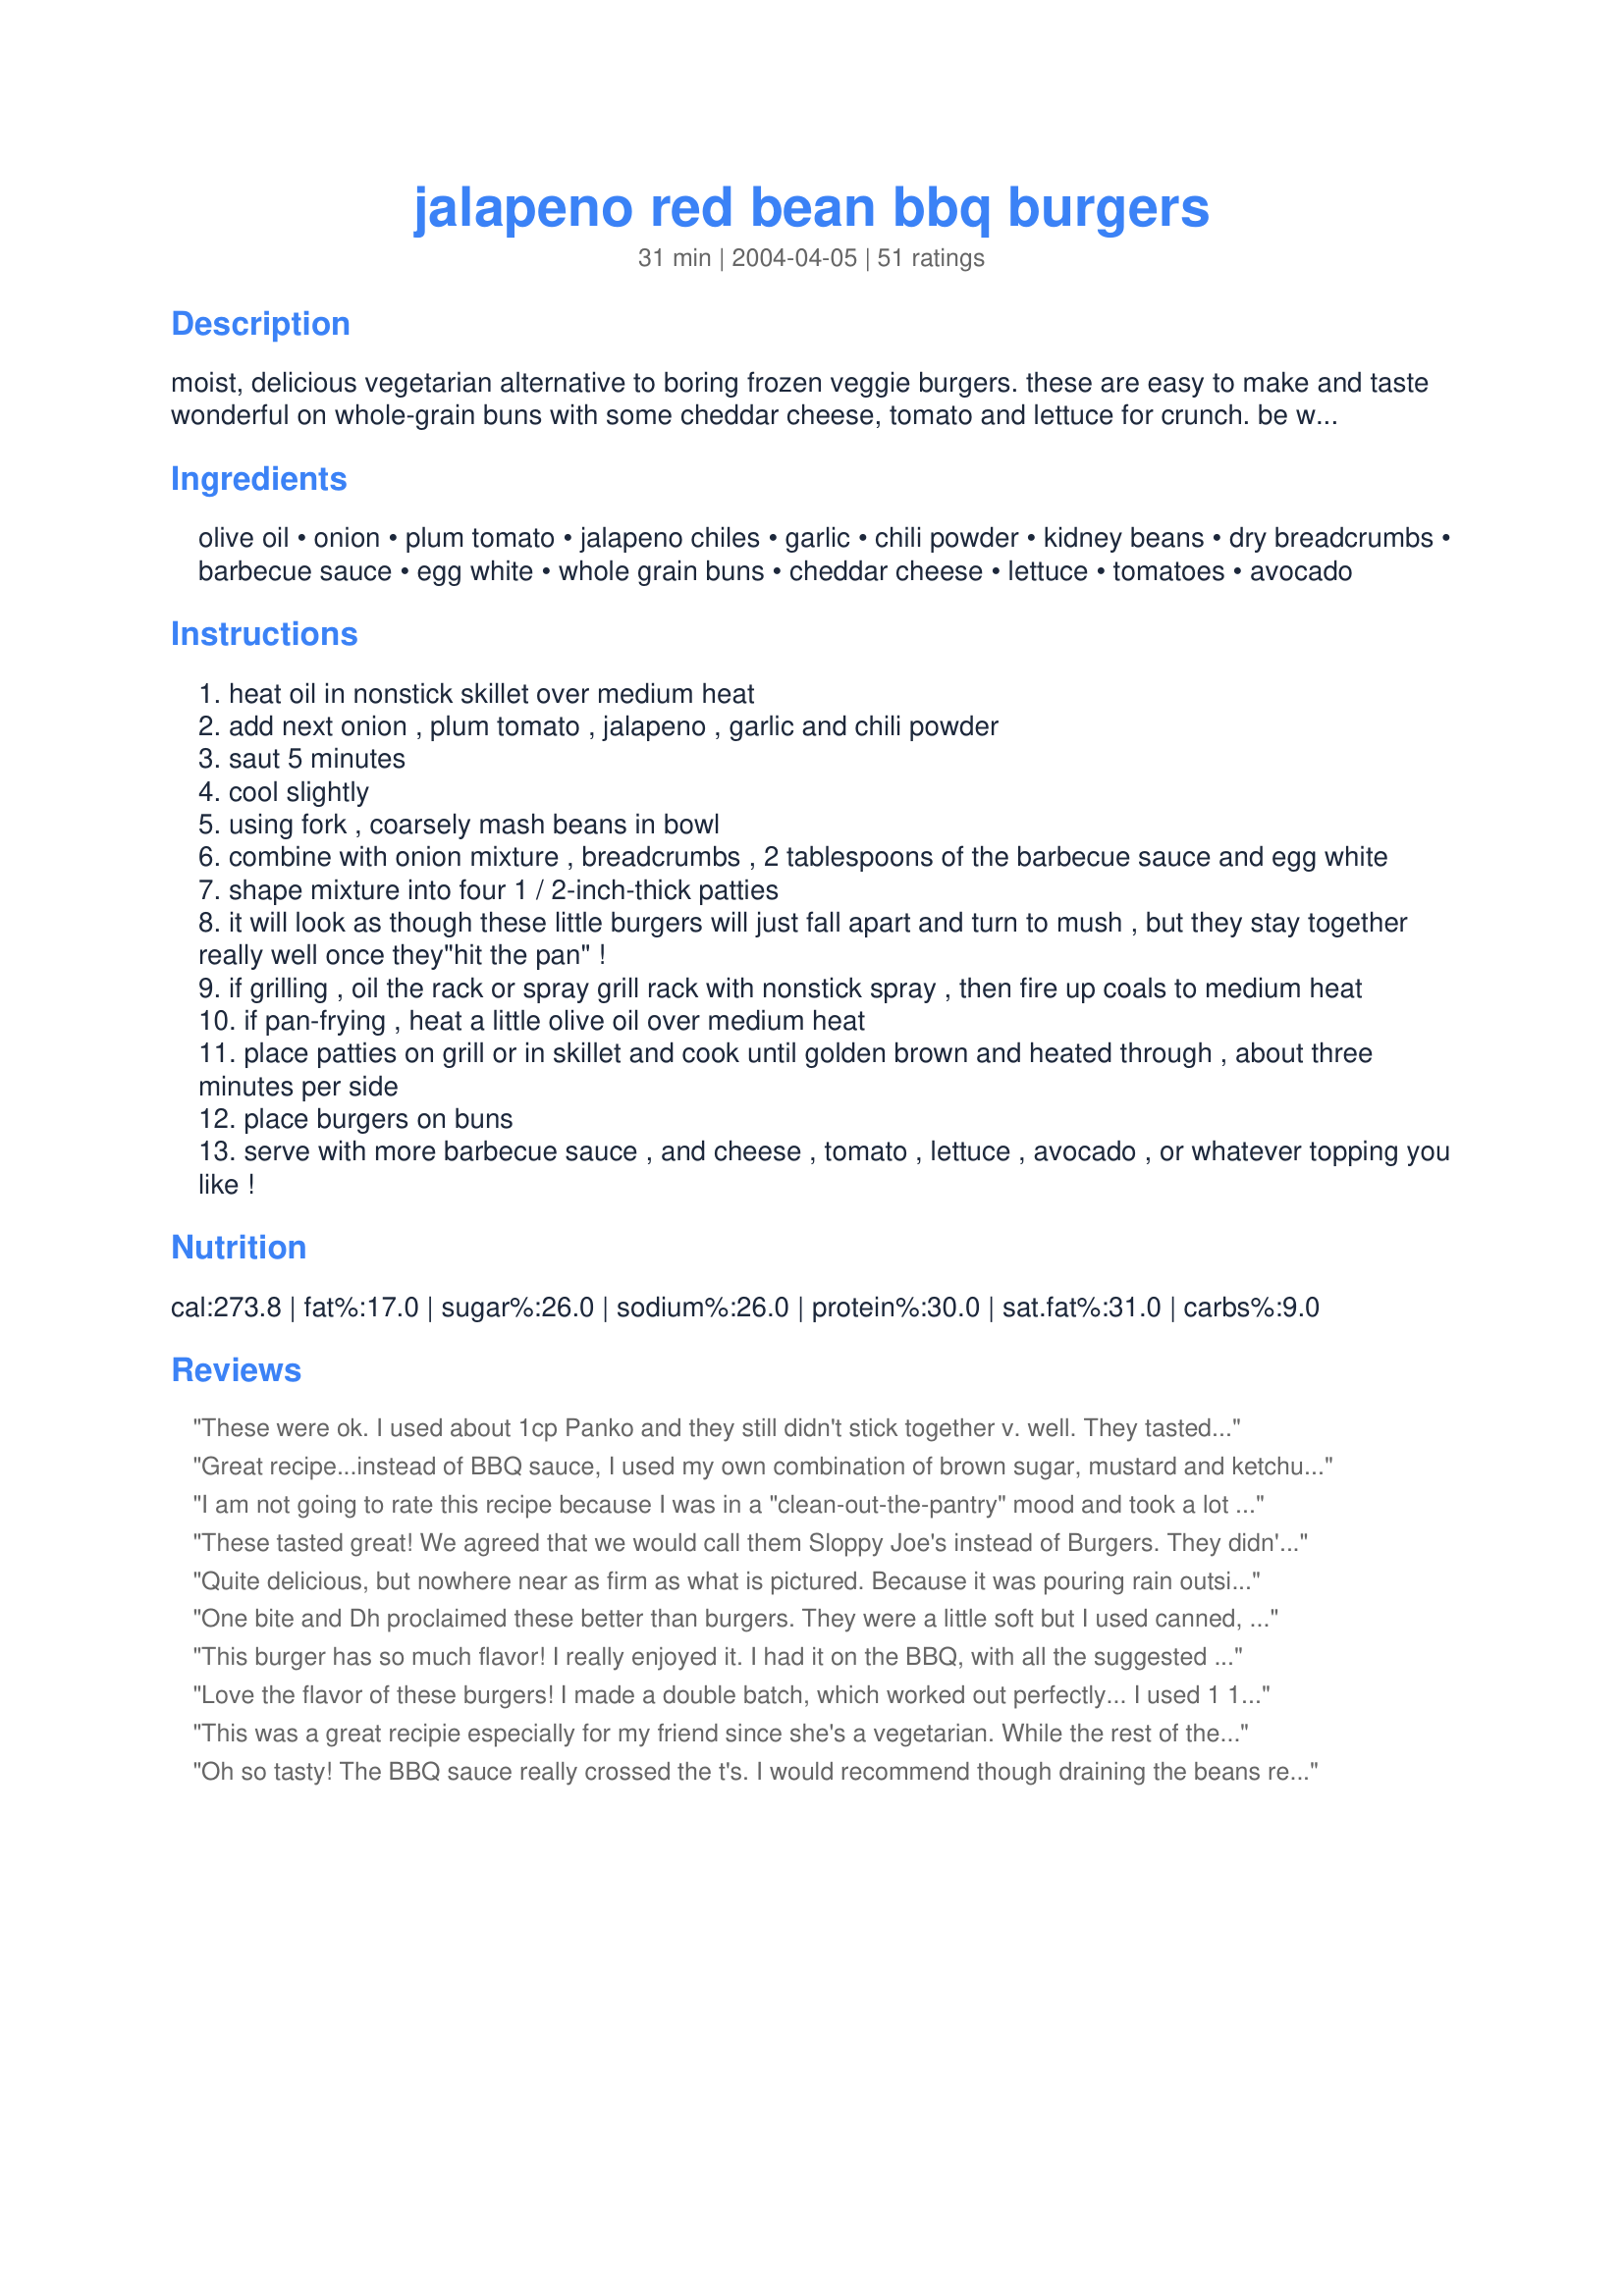
jalapeno red bean bbq burgers
Preparation time: 31 minutes

moist, delicious vegetarian alternative to boring frozen veggie burgers. these are easy to make and taste wonderful on whole-grain buns with some cheddar cheese, tomato and lettuce for crunch. be watchful while cooking these ... the sugar content in the barbecue sauce can cause the burgers to blacken kind of quickly. tastes great on the grill, too ... just keep an eye on them!

Ingredients:
olive oil, onion, plum tomato, jalapeno chiles, garlic, chili powder, kidney beans, dry breadcrumbs, barbecue sauce, egg white, whole grain buns, cheddar cheese, lettuce, tomatoes, avocado

Steps:
heat oil in nonstick skillet over medium heat
add next onion , plum tomato , jalapeno , garlic and chili powder
saut 5 minutes
cool slightly
using fork , coarsely mash beans in bowl
combine with onion mixture , breadcrumbs , 2 tablespoons of the barbecue sauce and egg white
shape mixture into four 1 / 2-inch-thick patties
it will look as though these little burgers will just fall apart and turn to mush , but they stay together really well once they"hit the pan" !
if grilling , oil the rack or spray grill rack with nonstick spray , then fire up coals to medium heat
if pan-frying , heat a little olive oil over medium heat
place patties on grill or in skillet and cook until golden brown and heated through , about three minutes per side
place burgers on buns
serve with more barbecue sauce , and cheese , tomato , lettuce , avocado , or whatever topping you like !

Reviews:
These were ok. I used about 1cp Panko and they still didn't stick together v. well. They tasted more like a paste then a burger... Pretty good flavor though. Also, I added about 3tsp jalopenos and they still could have used more.
Great recipe...instead of BBQ sauce, I used my own combination of brown sugar, mustard and ketchup!! When saute' the onions/peppers so forth it smells SO yummy!!! My husband really loved these
I am not going to rate this recipe because I was in a "clean-out-the-pantry" mood and took a lot of creative liberty with it. I used black soy beans and diced onions, green peppers and yellow squash (about 1 cup total). I didn't use jalepenos or tomatoes. I also used one full egg because I was too lazy to separate it. Other than that, I followed the recipe. These burgers were wonderful! I like this recipe because it is a good "base" recipe for creating your own veggie burgers. I served these on homemade buns with fresh spinach and cream cheese. I hope to make this recipe again soon with the called-for ingredients. Thank you!
These tasted great! We agreed that we would call them Sloppy Joe's instead of Burgers. They didn't hold together very well. The taste was awesome though!
Quite delicious, but nowhere near as firm as what is pictured. Because it was pouring rain outside, we cooked these on an indoor griddle. They did just fine.

A triple dose of hot sauce, salt, and pepper when mixing them up really brought out the flavor. Great topped with guacamole, too!
One bite and Dh proclaimed these better than burgers. They were a little soft but I used canned, drained tomatoes and I possibly got a little carried away when adding the barbecue sauce, so that probably accounted for the extra moisture. These are going to be repeat burgers at our house, Angie.
This burger has so much flavor! I really enjoyed it. I had it on the BBQ, with all the suggested toppings...using tex-mex cheese blend in place of cheddar and on an onion bun. Served with a side of spicy sweet potato fries. I will use this recipe again.
Love the flavor of these burgers! I made a double batch, which worked out perfectly... I used 1 14-oz can of petite diced tomatoes (drained), and 1 whole egg. After cooking the first burger, I decided to increase the breadcrumbs a bit, but I think that next time I would increase it even more; the burgers turned out VERY delicate and soft, and I think the increased breadcrumbs will help with the texture a lot. Great recipe!
This was a great recipie especially for my friend since she's a vegetarian. While the rest of the family was having regular, boring burgers, me and my friend tried this and loved it!
Oh so tasty! The BBQ sauce really crossed the t's. I would recommend though draining the beans really really well - for me the mixture was far too soft to form any sort of patties. Very good taste though, so I'll definitely play with this to make them firmer...
Very nice and easy. I used 4 jalapenos & still didn't find them spicy, I will try more next time. Topped with munster cheese & carmelized onions. Delish
This recipe JUMPED out to me!
SO easy to do, SOOOOO healthy!
Has the crunch factor, satisfies any meat lover!
All I heard from hubby? Can I please have another? :)
Mmm, very tasty. Based on other reviewers' comments I added two jalapenos and 1/2 cup bread crumbs. I used a tasty jarred Key Lime barbeque sauce. Instead of the egg white I used 2 tablespoons egg beaters. That could have been why my burgers did not hold together well, unlike everyone elses? Oh, well, it tasted great anyway! I served with a soy cheese sustitute and I added extra barbeque sauce, BF added ketchup and mustard. MUCH better than store bought!
These are TOTALLY worth 5 stars, all the way. I used lots and lots of jalapenos, and for some reason needed about 1/2 cup of breadcrumbs.
They held together beautifully! Topped with sharp cheddar and jalapeno slices, and served on an onion roll! :D YUMMMM!!!!
Easy and tasty! I didn't use the egg but they held up well. They smelled so good that they brought my non-vegan parents to the kitchen(good sign).
I made two patties thinking it'd be enough for tomorrow but I ended up having them the same day!
Thanks for posting; they were great!
Love love love this! We make it for every BBQ we go to-- which is every weekend in an NZ summer. Thanks so much.
Yum Yum Yum. These really are great. Next time I make them I will use quite a bit more jalapeno for a bit of an extra kick.
Only stopped eating meat a couple of months ago, but these really are better than any beef burger.
I cannot get enough of these! Sometimes I've also had a little bit of trouble with these holding together while cooking, but I find that handling them gently with a spatula seems to do the trick. Topped with BBQ sauce, cheddar, and slices of tomato, there really is no more delicious vegetarian burger out there.
These are great! I made my own barbecue sauce and didn't add in the egg . Most of my burgers did stay together in the pan.
Lots of flavor but difficult to hold together. I did add about 1/4 cup more crumbs, too. I refrig. for about 6 hours before cooking and they got much wetter (that's when I added the extra crumbs). I served in corn tortillas (that I had browned in oil like a taco shell). Avocado made a nice topping on these. I will try to perfect my technique! Thanks Angie, for another tasty recipe.
Roxygirl
I can't believe I forgot to rate these! We tried them last summer and they quickly became such a fave that they are a regular in our meals rotation. All 3 of my kids like them and I can't tell you how rare that is!! LOL
These were AMAZING!! My husband really enjoyed the flavor & spice going on here. I did make a couple changes...when I went to make these I realized we were out of tomatoes so I used sundried in place, an entire jalapeno, no egg white (to make them vegan), and added some cilantro just because. I also cooked them until they were crispy on the outside. I topped them with bbq sauce, chipotle "mayo", avocado, and lots of onion. Served with Recipe #427439. Thanks so much for such a great recipe!!
I thought these were great! And so very easy & quick. I needed the full 1/2 cup bread crumbs. I added extra jalapenos b/c I like them. Using a good BBQ sauce makes a difference so don't go cheap. I served it with monterey jack & jalapeno cheese. The onion rolls added a nice flavor. Hubby loved it too!
I was so excited to make this recipe...it's healthy and has so many things in it that I love. But I'm sorry to say that these burgers were too bland for me. May try them again and adjust the amounts of the ingredients.
These are yummy. I used 1 whole egg and 1/2 cup bread crumbs and 1 tbls of Heinz chili sauce instead of the jalepeno and chili powder.This gives it a mild to medium hotness as i don't like thigs too hot. Nor doe's my daughter.For those that don't think that this is spicy enough just add more chili sauce or powder or chilies.Also if you cool off the mixture in the fridge for at least 1/2 hour it will hold together better and not be mushy when cooked.
Good flavor, but these really need another egg white as binder to hold together. It would be a lot easier to cook them in a skillet or on a griddle using a spatula with a sharp edge to flip them; you wouldn't leave so much good tasting stuff on the grill. We'd make these again, with modifications.
Not bad. I added cayenne and cajun spices to give it more of kick. Much cheaper than buying frozen vegetarian patties at a grocery store.
These tasted great, but mostly I could just taste the BBQ sauce. I couldn't get them to firm up enough, and they had no spice to them.

Next time I'll try more breadcrumbs and jalapenos.
Absolutely delicious - served with reduced-sugar ketchup, American mustard and sliced gherkin! Thank You for sharing this marvellous recipe! Although not a real vegetarian, my diet is about 90%+ veggie and I was a true veggie for years and until I tried this recipe I have been buying this sort of thing in the stores as they're so nice and wincing at the amount of fat store-bought ones include. It had never occured to me before, but from now on I'll be making my own with your recipe! Had to substitute a bit less of Matzo crumbs as had no breadcrumbs, cherry tomatoes as had no other tomatoes and slightly more green bell pepper chunks as no jalapenos. I froze two of the burgers and it wouldn't surprise me if they're even better :) Was wonderful and I'll try it just as you've suggested next time though - and there will be a great many next times!
really good!
We really enjoyed the recipe. I doubled it, using 1/2 cup breadcrumbs for each recipe and only 2 egg whites. Otherwise I followed the recipe. We used an excellent barbeque sauce. I took a low-fat tortilla, spread a little bbq sauce and some cheddar, baked it until crispy. Served burger on top. Delicious!
Very tasty and easy recipe. Substituted 1/2 cup well-drained petite diced tomatoes for the plum tomato, as I had forgotten that at the store. Also used a little extra breadcrumbs, than what was called for. Served with sliced avacado, onions, extra BBQ sauce and pepper jack cheese slices, as opposed to the cheddar. Yummy! Will definitely make again.
These were great. In the end I wound up adding 1 whole egg and about 1/2 cup of breadcrumbs to help them stay together but they did. Unfortuanatly I went light on the jalepeno pepper for fear that it would be too spicy but I was dissapointed in the lack of spice in the final product. It was sort of mushy, as another reviewer stated but I thought that was a good thing! THanks for the great recipe!
I was skeptical, but since we are trying for a healthier lifestyle and including more beans/legumes and less meat, I gave it a shot. I didn't have any tomatoes or jalepnos, so I subbed a can of tomatoes and green chiles (well drained). I used egg yolk instead of the white (the whites are basically just water, and won't act as a binding agent like the protein in the yolk will)- although I think it could be left out completely. This was so delicious! Very easy, super flavorful- I think I might actually prefer these over regular hamburgers. Thanks for posting!
These are great! We cooked ours at a pretty low temp in the skillet, and while they were a bit of a sloppy mess before cooking, they were just fine afterwards. We followed other reviewer's recommendations and used a whole egg and some oatmeal to help it all stick together.
i'm sorry i totally disagree with the other reviews. these were complete soup until i added over a cup of breadcrumbs and they did not hold together at all before, during, or after cooking. moreover, they were very bland even though i added quite a lot more chili and jalapeño then called for. i might use kidney beans as a base for burgers again but not without a lot more binding agents and a heck of a lot more flavor. these were time consuming, annoying, and totally tasteless. will not make again.
These were a very good alternative to regular burgers. We are not vegetarians, but once a week we "go meatless." I will have to say that without sliced avacado, extra barbcue sauce, and cilantro on top these would not have been nearly as good.
Very tasty! Best veggie burgers I've tried. Omitted the egg white but otherwise made as directed. I cooked the veggies/spices down to a paste before combining with other ingredients and everything stayed together well when pan fried. Used a spicy BBQ sauce that added to the flavor. I'll definitely make them again!
Great recipe! I realized after I started that I was out of breadcrumbs, so mine were a little mushy, but still delicious!
This burger had fantastic taste! I added 1/4 cup wheat germ because of other reviews saying they needed more bread crumbs and the wheat germ is healthier. I used cooked pinto beans in place of kidney beans because that's what I had. Also, about 2 Tbs of chopped bell peper as I wanted more peppers or chilies without the flavor being too strong for my kids. I know we will be making this again and I'm sure it will taste just as great with the kidney beans. Thanks!
Such a good burger! I used black beans..other than that, followed the recipe as is. I was worried that the burgers would fall apart cos it was kinda mushy when I was shaping it into patties. I actually made the patties and put it directly on my skillet & chilled it, skillet and all!! I didn;t want to risk taking it from a plate to the skillet.. And u are so right, it forms a crust and stays toghthr.I think the recipe would also make a great panini filler..Will definately make it again :)Thanks!
These were wonderful -- so much better than store-bought veggie burgers. Only thing we found was that the recipe as listed doesn't seem to make 4 burgers; more like 3. Very easy to make, though -- my husband who doesn't really cook was able to handle making these on his own, and they turned out great :)
Do not try to grill these. I know the recipe says that its normal for them to be mushy but theyll firm up on the grill... well they dont. And i prob used about 1 cup of bread crumbs and followed everything else in the recipe. They were tasy.. not amazing. but only one of the four i made was able to stay together on the grill. Better to use a frying pan. Sorry, but I was unimpressed and unsatisfied.
I left out the jalapeno and the egg, and used 3/4 cup oatmeal instead of breadcrumbs, served with avocado, lettuce, tomato, cheese and barbecue sauce. These went over alright - they didn't have much flavor or substance themselves so we wound up smothering ours in barbecue sauce, even with all the other toppings. I recommend throwing some kind of Cajun spice mixture into them.
Needs more spice and jalapenos but it held together well and was still yummy
Terrific recipe. I have tried just about every vegetable burger out there and never went crazy over any. These are so tasty, easy to make too. I follwed the recipe except for using only 1tb of bbq sauce; i only had a cheap brand which i didnt like so i didnt want that to ruin the recipe. when i make these again i'll use a good brand. I didnt put any toppings on it because the taste was just so good. Next time i will also add more hot peppers because i like a spicy taste. I made mine and put them in seal locked baggies overnite. I fried them in a pan with some olive oil and they were delicious. I am going to try either freezing them or making a double batch to keep in the fridge for the week. Thanks!
I also did not need the egg white, and had to add more breadcrumbs. They were very soft and squished out of the buns but the taste was wonderful! I used about 2 Tbsp pickled jalapenos and homemade bbq sauce (#4579) and served with thick slices of extra sharp cheddar cheese and fresh spinach. Thanks for the recipe - it's a keeper! :)
This was yummy! I followed the directions except that I used black beans instead of kidney beans due to a personal preference and added 1 Tbs of chopped green bell pepper. I thought that these had a very good flavor and loved the addition of barbecue sauce in the recipe, you can really taste it! :D They also look very nice. I made mine thin and cooked them on a skillet 3 minutes on each side, after cooking they were just a little crumbly but nothing to worry about if you use a spatula to put them on the bun. Thanks EdsGirlAngie! Update: I have made again at least 3 times since reviewing. I like to put in a whole egg and a little bit of oatmeal and it seems to help them hold together better. Also, making them thicker helps them not to fall apart and I have had success baking these in an oven at 350^ till they looked and felt done.
I'm giving this recipe a five star rating for flavor. I made my patties a bit more thin than the photo indicates. I used a whole egg, 1/2 cup fine bread crumbs and a can of Goya pink beans instead of kidney beans. I substituted canned, diced tomatoes (lightly patted dry with a paper towel) for fresh. I also froze the patties on greased plastic wrap prior to cooking. They held together fairly well. I will definitely make these again soon. Thank you for this recipe!
Like everyone else I liked these burgers. I omitted the egg white and needed to add more crumbs than called for, probably a total of 3/4 cup. I used Panko, which worked well. I also used a larger can of beans, the 25 oz. size, and got 4 adult sized patties and one smaller one. Next time I will leave about half of the beans whole for texture. I toasted the cut sides of the buns until crispy to offset the softness of the patties. I did add a bit of cumin and some smoked paprika. They browned nicely in a fairly hot pan. All in all very tasty and my family liked them and asked to have them again.
This is a really tasty recipe and easy to prepare. I did not find that I needed to add the egg white, perhaps because I did not drain the beans enough. As I was out of bread crumbs I sustituted soda cracker crumbs. Thanks for the recipe.
